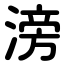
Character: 滂